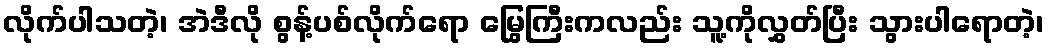
လိုက်ပါသတဲ့၊ အဲဒီလို စွန့်ပစ်လိုက်ရော မြွေကြီးကလည်း သူ့ကိုလွှတ်ပြီး သွားပါရောတဲ့၊